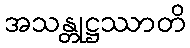
အသန္တုဋ္ဌဿာတိ